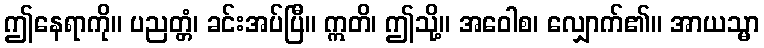
ဤနေရာကို။ ပညတ္တံ၊ ခင်းအပ်ပြီ။ ဣတိ၊ ဤသို့။ အဝေါစ၊ လျှောက်၏။ အာယသ္မာ